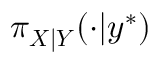
\pi _ { \boldsymbol { X } | \boldsymbol { Y } } ( \cdot | \boldsymbol { y } ^ { * } )